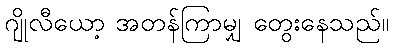
ဂျိုလီယော့ အတန်ကြာမျှ တွေးနေသည်။